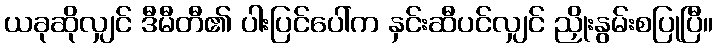
ယခုဆိုလျှင် ဒီမီတီ၏ ပါးပြင်ပေါ်က နှင်းဆီပင်လျှင် ညှိုးနွမ်းစပြုပြီ။